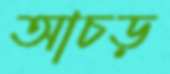
আচড়